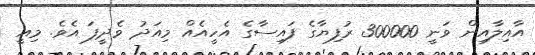
އާއިލާއިން ވަނީ 300000 ރުފިޔާގެ ފައިސާގެ އެހީއެއް މިއަދު ވެދީފަ އެވެ. މިއީ